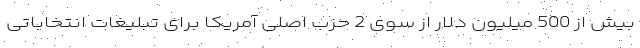
بیش از 500 میلیون دلار از سوی 2 حزب اصلی آمریکا برای تبلیغات انتخاباتی